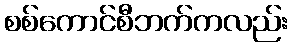
စစ်ကောင်စီဘက်ကလည်း